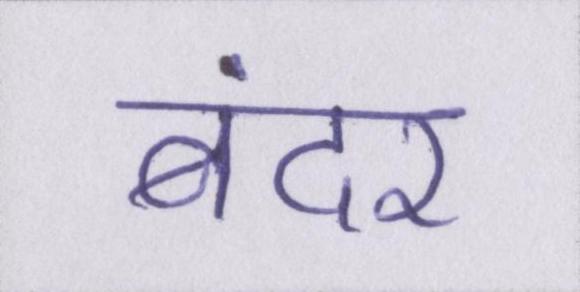
बंदर